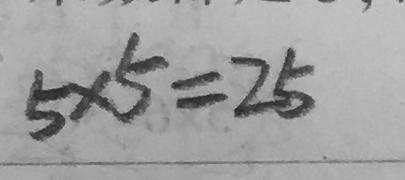
5 \times 5 = 2 5